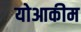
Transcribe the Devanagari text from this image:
योआकीम